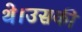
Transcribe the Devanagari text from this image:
थे।उसकी